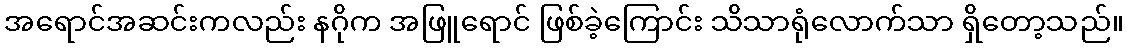
အရောင်အဆင်းကလည်း နဂိုက အဖြူရောင် ဖြစ်ခဲ့ကြောင်း သိသာရုံလောက်သာ ရှိတော့သည်။